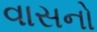
વાસનો